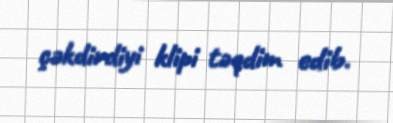
çəkdirdiyi klipi təqdim edib.